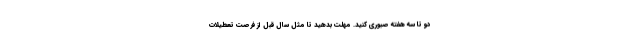
دو تا سه هفته صبوری کنید. مهلت بدهید تا مثل سال قبل از فرصت تعطیلات